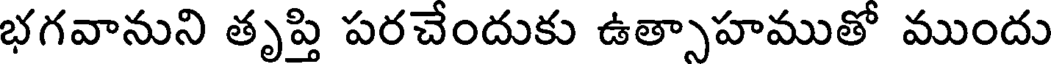
భగవానుని తృప్తి పరచేందుకు ఉత్సాహముతో ముందు